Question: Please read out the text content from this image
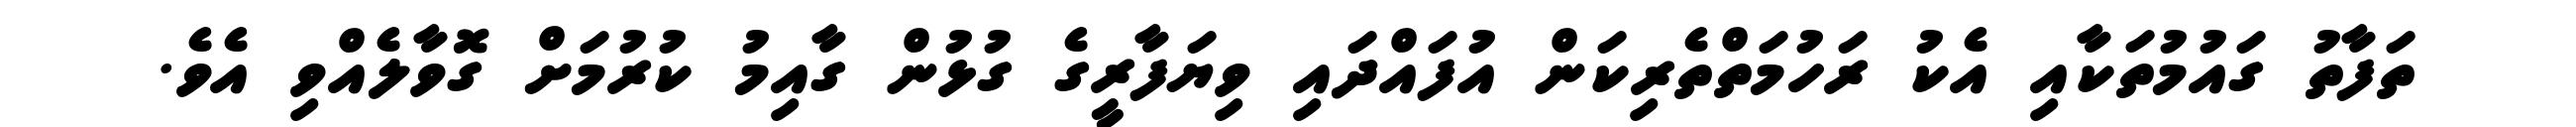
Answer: ތަފާތު ގައުމުތަކާއި އެކު ރަހުމަތްތެރިކަން އުފައްދައި ވިޔަފާރީގެ ގުޅުން ގާއިމު ކުރުމަށް ގޮވާލެއްވި އެވެ.